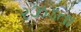
રઝડતા